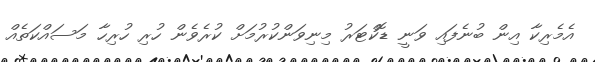
އެމެރިކާ އިން ބުނެފައި ވަނީ ޑޮކްޓަރު މިނިވަންކުރުމަށް ކުރެވެން ހުރި ހުރިހާ މަސައްކަތެއް